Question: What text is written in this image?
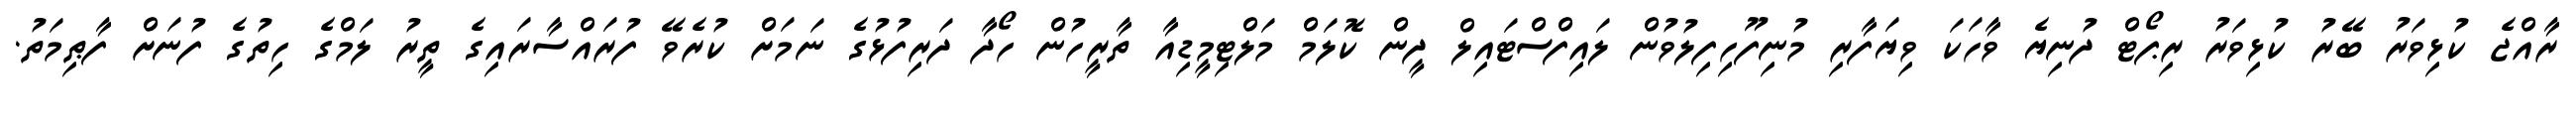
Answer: ރާއްޖެ ކުޅިވަރު ބޭރު ކުޅިވަރު ރިޕޯޓް ދުނިޔެ ވާހަކަ ވިޔަފާރި މުނިފޫހިފިލުވުން ލައިފްސްޓައިލް ދީން ކޮލަމް މަލްޓިމީޑިއާ ތާރީހުން ހޯދާ ދަރިފުޅުގެ ނަމަށް ކުރެވޭ ފުރައްސާރައިގެ ތީރު ލަމްގެ ހިތުގެ ފުނަށް ފާޠިމަތު.